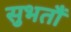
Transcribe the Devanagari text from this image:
सुभतौं